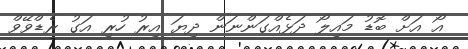
އޯ އަށް ބޮޑު މައިލޯ ދަޅެއްގަންނަން ދިޔަ އިރު ހުރި އަގު ރެޑްވޭވް